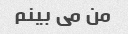
من می بینم